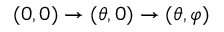
( 0 , 0 ) \rightarrow ( \theta , 0 ) \rightarrow ( \theta , \varphi )